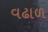
વઢાળ